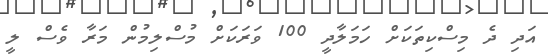
އަދި ދެ މިސްކިތަކަށް ހަމަލާދީ 100 ވަރަކަށް މުސްލިމުން މަރާ ވެސް ލީ